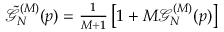
\tilde { \mathcal { G } } _ { N } ^ { ( M ) } ( p ) = \textstyle \frac { 1 } { M + 1 } \left[ 1 + M \mathcal { G } _ { N } ^ { ( M ) } ( p ) \right]